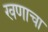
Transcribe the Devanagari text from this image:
खणाचा